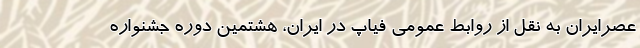
عصرایران به نقل از روابط عمومی فیاپ در ایران، هشتمین دوره جشنواره